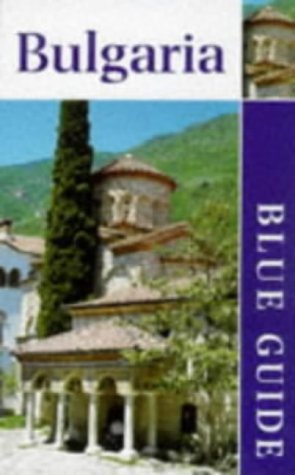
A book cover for Bulgaria (Blue Guides); James Pettifer; Travel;